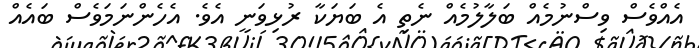
އެެއްވެސް ވިސްނުމެއް ބަލާލުމެއް ނެތި އެ ބަޔަކާ ރުޅިވަނީ އެވެ. އެހެންނަމަވެސް ބައެއް